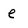
Character: e